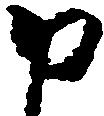
申